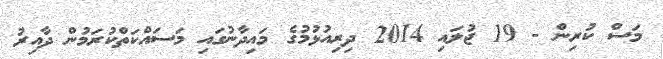
މަސް ކުރިން - 19 ޖުލައި 2014 ދިރިއުޅުމުގެ މައިދާނުގައި މަސައްކަތްކުރަމުން ދާއިރު